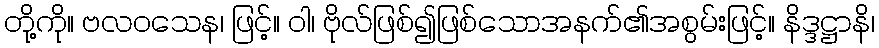
တို့ကို။ ဗလဝသေန၊ ဖြင့်။ ဝါ၊ ဗိုလ်ဖြစ်၍ဖြစ်သောအနက်၏အစွမ်းဖြင့်။ နိဒ္ဒဋ္ဌာနိ၊